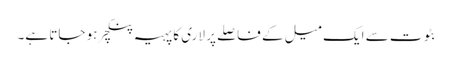
بٹوت سے ایک میل کے فاصلے پر لاری کا پہیہ پنکچر ہو جاتا ہے۔